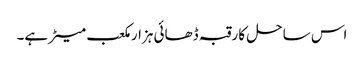
اس ساحل کا رقبہ ڈھائی ہزار مکعب میٹر ہے۔